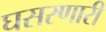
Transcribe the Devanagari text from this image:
घसरणारी